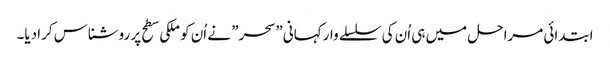
ابتدائی مراحل میں ہی اُن کی سلسلے وار کہانی” سحر” نے اُن کو ملکی سطح پر روشناس کرادیا۔